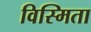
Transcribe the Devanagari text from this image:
विस्मिता